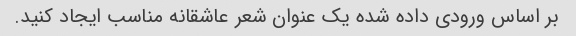
بر اساس ورودی داده شده یک عنوان شعر عاشقانه مناسب ایجاد کنید.